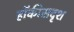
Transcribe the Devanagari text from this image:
हॉकीसदृश